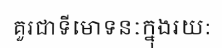
គួរជាទីមោទនៈក្នុងរយ: